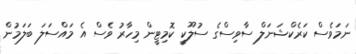
ނަމަވެސް ކަރެކްޝަނަލް ސާވިސްގެ ސުލޫކީ ކޮމިޓީން މިހާރު ވެސް އެ މައްސަލަ ބަލަމުން